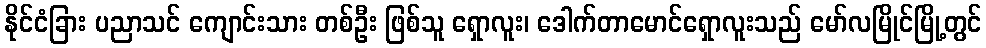
နိုင်ငံခြား ပညာသင် ကျောင်းသား တစ်ဦး ဖြစ်သူ ရှောလူး၊ ဒေါက်တာမောင်ရှောလူးသည် မော်လမြိုင်မြို့တွင်